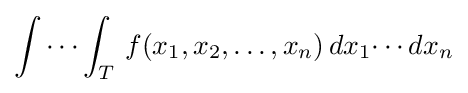
\int \cdots \int _{T}\,f(x_{1},x_{2},\ldots ,x_{n})\,dx_{1}\!\cdots dx_{n}